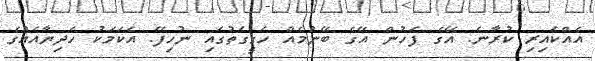
އެއްކައިރި ކުރާނެ. އޭގެ ފަހުން އޭގެ ބޭނުމެއް ހަގީގަތުގައި ނުހިފޭ. އެކަމަކު ހަދިޔާއެއްގެ